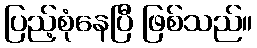
ပြည့်စုံနေပြီ ဖြစ်သည်။